Civil Veterinary Department. Madras. Admin. report 1926-33 - 1926-1933
Year: 1926
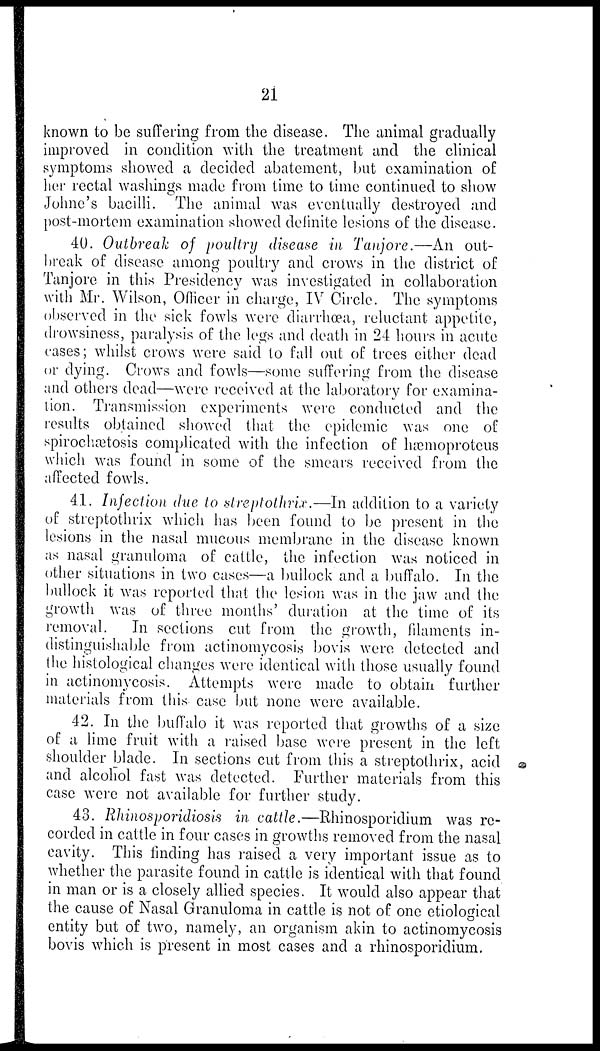
21
known to be suffering from the disease. The animal gradually
improved in condition with the treatment and the clinical
symptoms showed a decided abatement, but examination of
her rectal washings made from time to time continued to show
Johne's bacilli. The animal was eventually destroyed and
post-mortem examination showed definite lesions of the disease.
40. Outbreak of poultry disease in Tanjore.—An out-
break of disease among poultry and crows in the district of
Tanjore in this Presidency was investigated in collaboration
with Mr. Wilson, Officer in charge, IV Circle. The symptoms
observed in the sick fowls were diarrhoea, reluctant appetite,
drowsiness, paralysis of the legs and death in 24 hours in acute
cases; whilst crows were said to fall out of trees either dead
or dying. Crows and fowls—some suffering from the disease
and others dead—were received at the laboratory for examina-
tion. Transmission experiments were conducted and the
results obtained showed that the epidemic was one of
spirochetosis complicated with the infection of hæmoproteus
which was found in some of the smears received from the
affected fowls.
41. Infection due to streptothrix.—In addition to a variety
of streptothrix which has been found to be present in the
lesions in the nasal mucous membrane in the disease known
as nasal granuloma of cattle, the infection was noticed in
other situations in two cases—a bullock and a buffalo. In the
bullock it was reported that the lesion was in the jaw and the
growth was of three months' duration at the time of its
removal. In sections cut from the growth, filaments in-
distinguishable from actinomycosis bovis were detected and
the histological changes were identical with those usually found
in actinomycosis. Attempts were made to obtain further
materials from this case but none were available.
42. In the buffalo it was reported that growths of a size
of a lime fruit with a raised base were present in the left
shoulder blade. In sections cut from this a streptothrix, acid
and alcohol fast was detected. Further materials from this
case were not available for further study.
43. Rhinosporidiosis in cattle.—Rhinosporidium was re-
corded in cattle in four cases in growths removed from the nasal
cavity. This finding has raised a very important issue as to
whether the parasite found in cattle is identical with that found
in man or is a closely allied species. It would also appear that
the cause of Nasal Granuloma in cattle is not of one etiological
entity but of two, namely, an organism akin to actinomycosis
bovis which is present in most cases and a rhinosporidium.